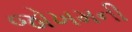
જોખમની